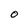
Character: O